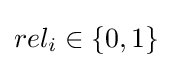
rel_{i}\in \{0,1\}